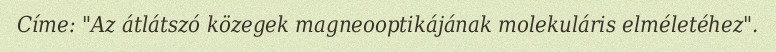
Címe: "Az átlátszó közegek magneooptikájának molekuláris elméletéhez".